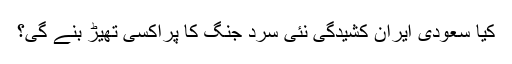
کیا سعودی ایران کشیدگی نئی سرد جنگ کا پراکسی تھیڑ بنے گی؟